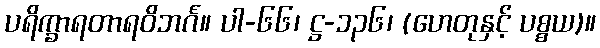
ပရိက္ခာရတာရဝိဘင်္ဂ။ ပါ-၆၆၊ ဋ္ဌ-၁၃၆၊ (ဟေတုနှင့် ပစ္စယ)။